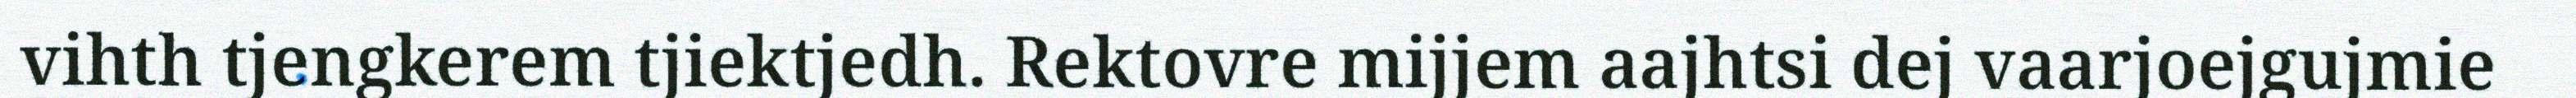
vihth tjengkerem tjiektjedh. Rektovre mijjem aajhtsi dej vaarjoejgujmie